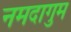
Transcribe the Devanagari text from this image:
नमदागुम